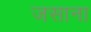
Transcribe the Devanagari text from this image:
जसाना